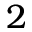
2